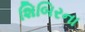
શિબિરના